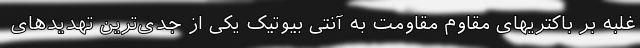
غلبه بر باکتریهای مقاوم مقاومت به آنتی بیوتیک یکی از جدی‌ترین تهدیدهای